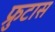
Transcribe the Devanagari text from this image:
फ्रुटास